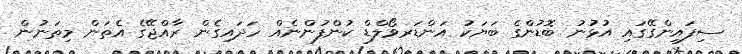
ސިފައިންގޭގައި އުޅުނު ބޮޑުންގެ ބަޔަކު އަންޑަރވޯލްޑް ކުންފުންނެއް ހަދައިގެން ރާއްޖޭގެ އެތަން މިތަނުން